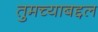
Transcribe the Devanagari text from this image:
तुमच्याबद्दल